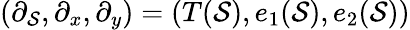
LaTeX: (\partial_{\mathcal{S}},\partial_{x},\partial_{y})=(T(\mathcal{S}),e_{1}(\mathcal{S}),e_{2}(\mathcal{S}))